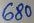
Text: 680